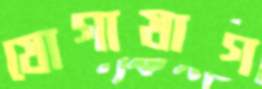
যোগাযাগ